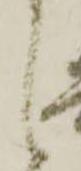
候